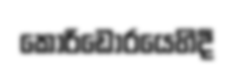
කොරිඩෝරයෙහිදී